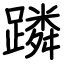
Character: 蹸